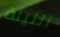
الليلة